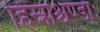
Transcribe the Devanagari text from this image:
हिंस्राश्चण्डाः